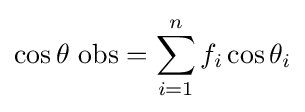
\cos \theta \ \mathrm {obs} =\sum _{i=1}^{n}f_{i}\cos \theta _{i}